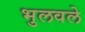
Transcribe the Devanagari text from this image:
भुलवले